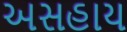
અસહાય